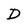
Character: D